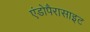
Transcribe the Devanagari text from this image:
एंडोपैरासाइट